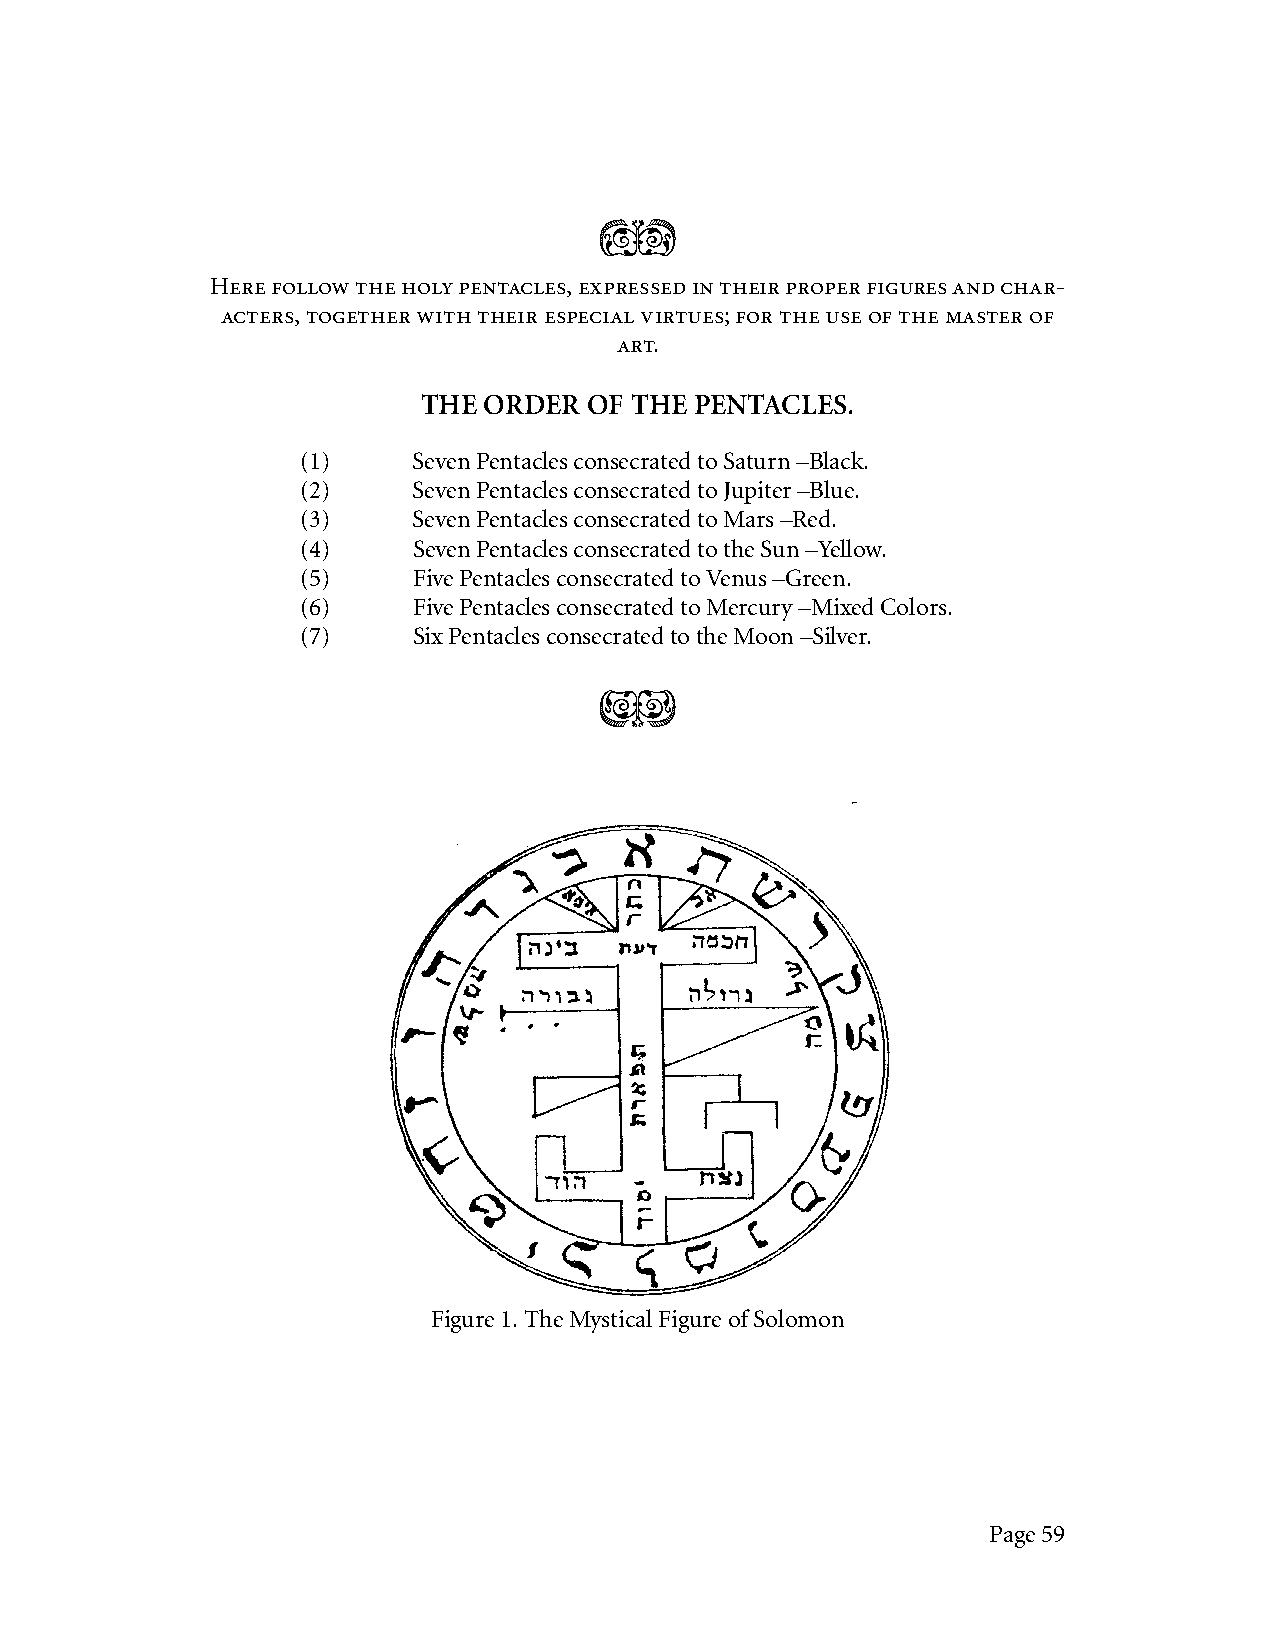
kl
 Here follow the holy pentacles, expressed in their proper figures and char-
 acters, together with their especial virtues; for the use of the master of
 art.
 THE ORDER  OF THE PENTACLES.
 (1)    Seven Pentacles consecrated to Saturn –Black.
 (2)    Seven Pentacles consecrated to Jupiter –Blue.
 (3)    Seven Pentacles consecrated to Mars –Red.
 (4)    Seven Pentacles consecrated to the Sun –Yellow.
 (5)    Five Pentacles consecrated to Venus –Green.
 (6)    Five Pentacles consecrated to Mercury –Mixed Colors.
 (7)    Six Pentacles consecrated to the Moon –Silver.
 KL
 Figure 1. The Mystical Figure of Solomon
 Page 59